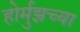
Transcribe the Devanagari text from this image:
होर्मुझच्या